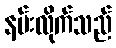
နမ်းလိုက်သည်